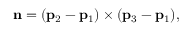
\mathbf { n } = ( \mathbf { p } _ { 2 } - \mathbf { p } _ { 1 } ) \times ( \mathbf { p } _ { 3 } - \mathbf { p } _ { 1 } ) ,